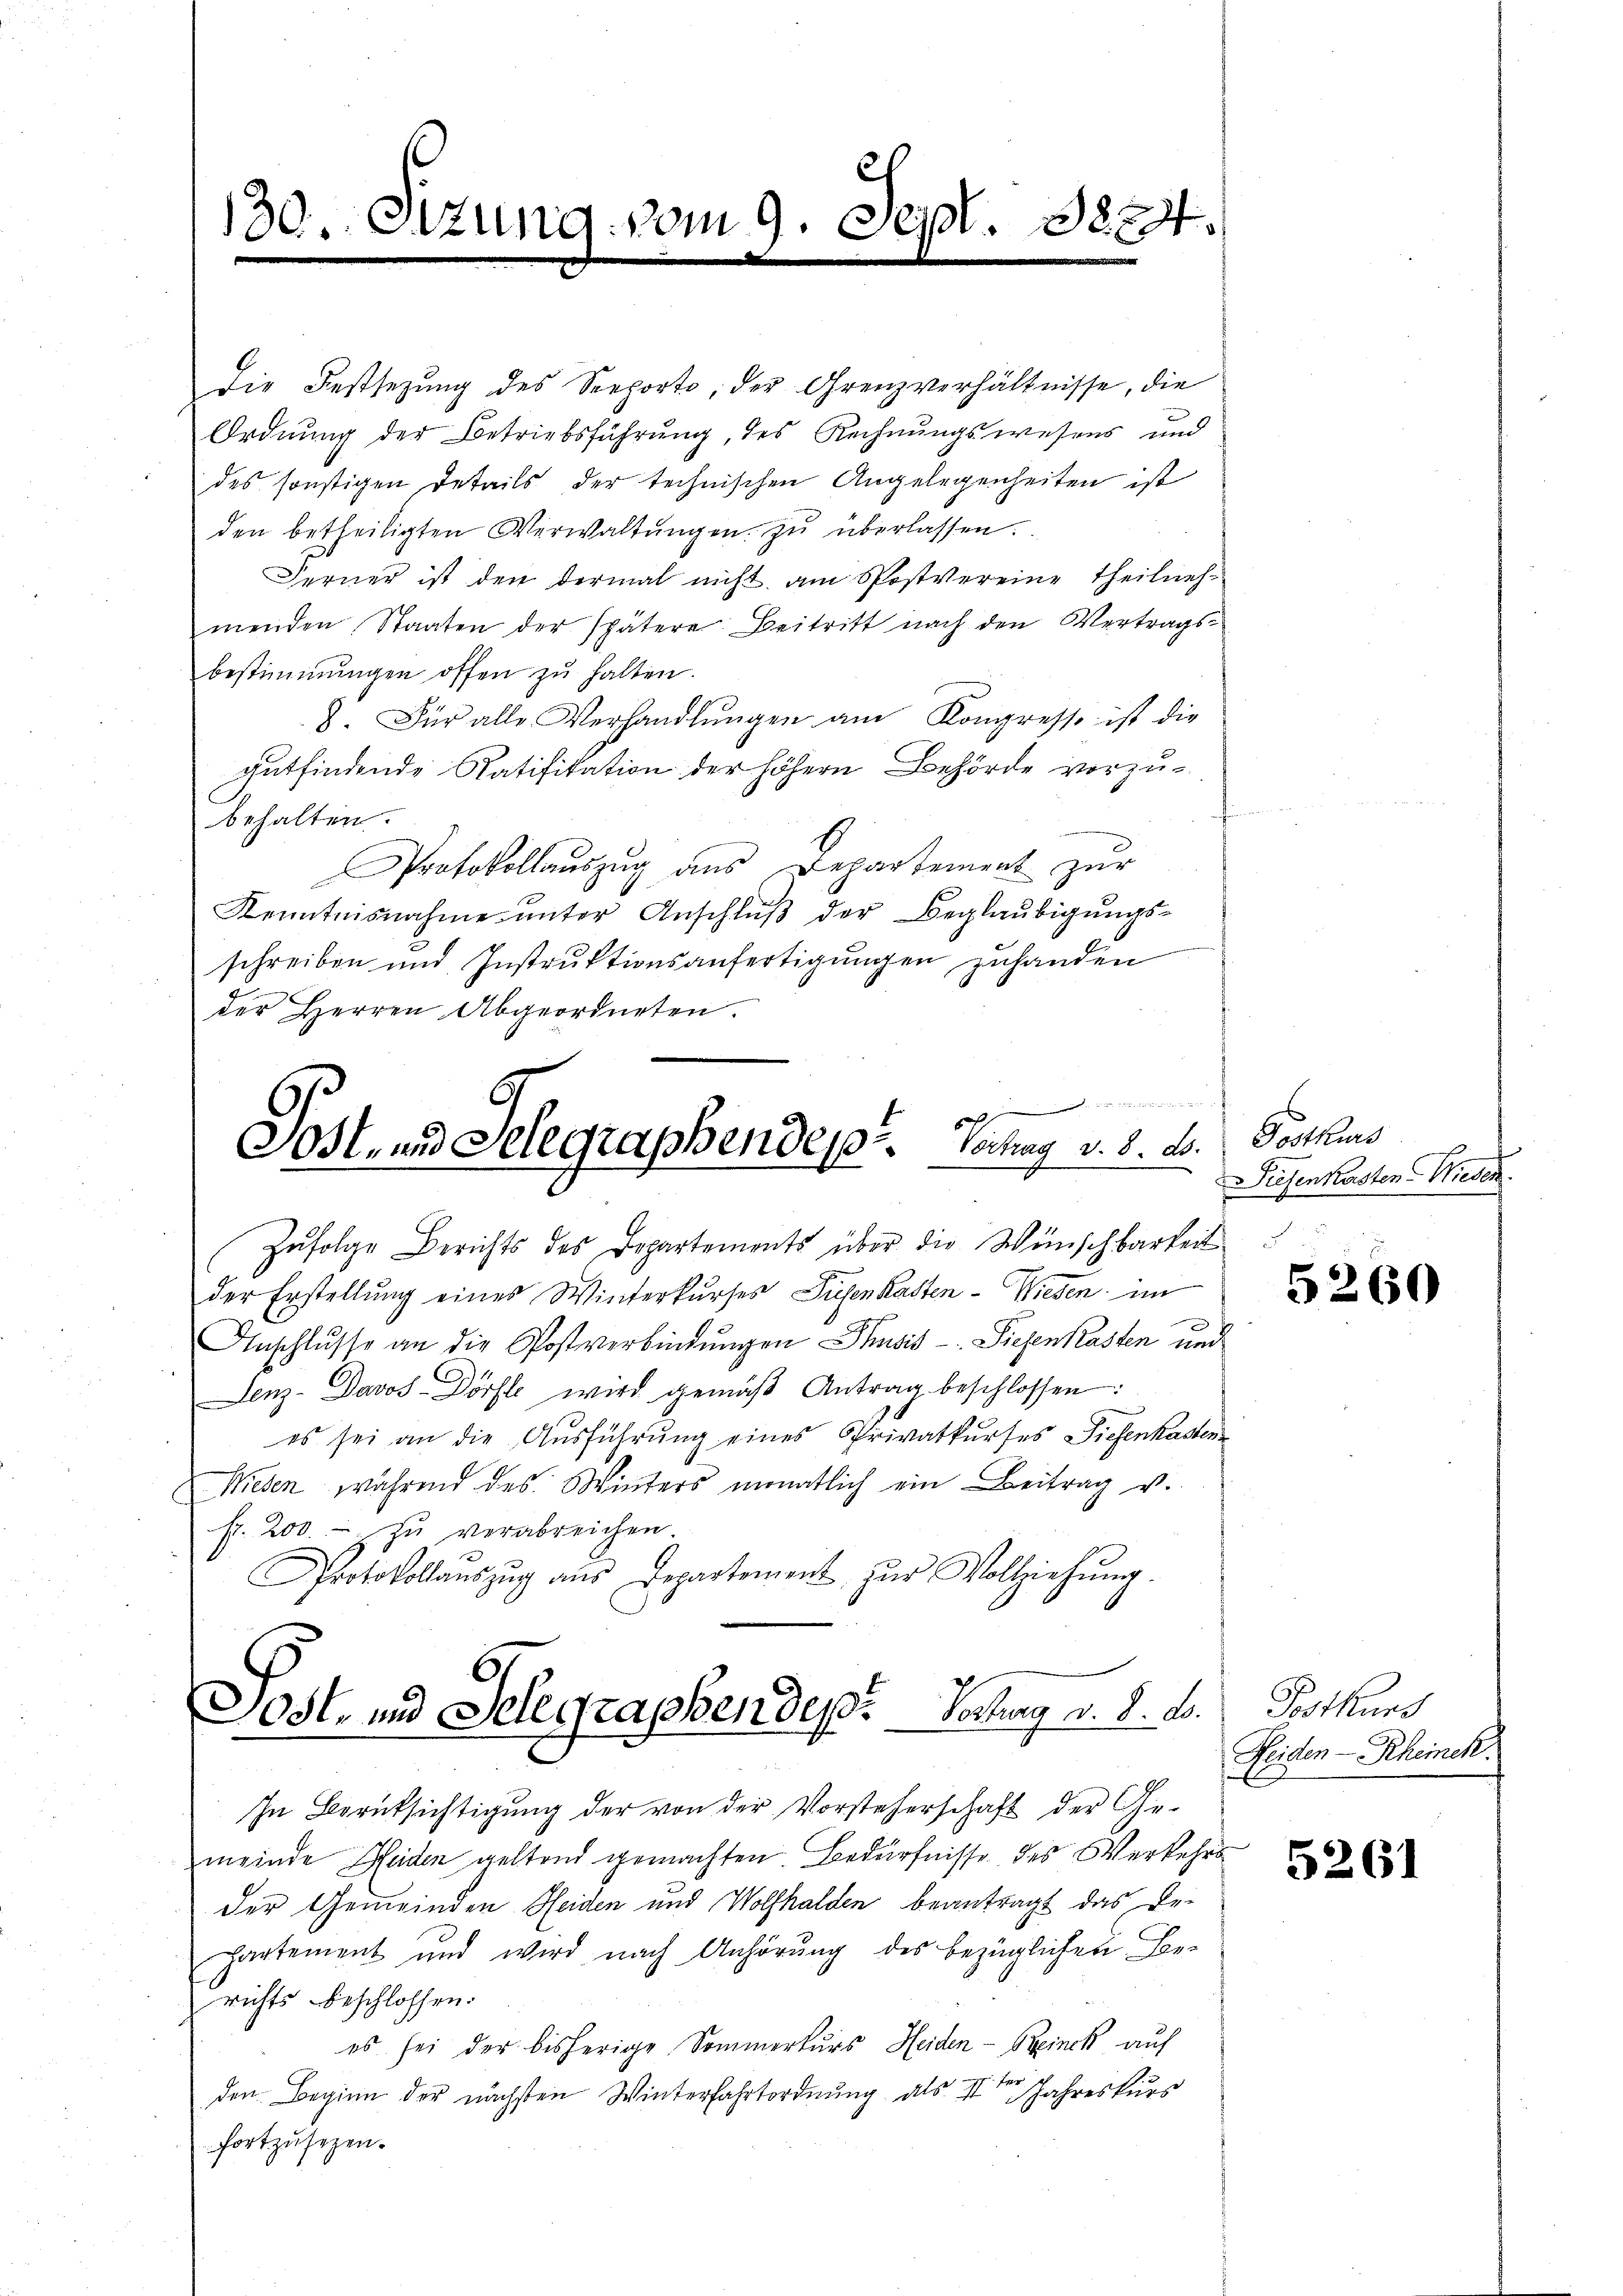
30. Ottung vom 9. Sept. 1824.

Die Festsezung des Seeporte, der Grenzverhältnisse, die
Ordnung der Betriebsführung, des Rechnungswesens und
des sonstigen Details der technischen Angelegenheiten ist
den betheiligten Verwaltŭngen zŭ überlassen.
Ferner ist den dermal nicht am Postvereine Theilnehmenden Staaten der spätere Beitritt nach den Vertragsbestimmungen offen zŭ halten.
8. Für alle Verhandlŭngen am Kongresse ist die
gutfindende Ratifikation der höhern Behörde vorzubehalten.
Protokollauszug aus Departement zur
Kenntnisnahme unter Anschlŭβ der Beglaubigungsschreiben und Instrŭktionsanfertigŭngen zŭhanden
der Herren Abgeordneten.

Zufolge Berichts des Departements über die Wünschbarkeit
der Erstellung eines Winterkurses Tiefenkasten - Wiesen im
Anschlŭsse an die Postverbindungen Thusis - Siehenkasten und
Senz-Davos Dörfle wird gemäβ Antrag beschlossen:
es sei an die Ausführung eines Privatkurses Diesenkasten
Wieden während des Winters monatlich ein Beitrag v.
fr. 200. - zu verabreichen
Protokollaŭszŭg aŭs Departement zŭr Vollziehŭng.
Post- und Selegraphen des Vortrag v. 8. d.
In Berüksichtigung der von der Vorsteherschaft der Ge-
meinde Heiden geltend gemachten Bedürfnisse des Verkehrsder Gemeinden Heiden und Wolfhalden beantragt das De-
partement und wird nach Anhörung des bezüglichen Berichts beschlossen.
es sei der bisherige Sommerkurs Heiden-Beinck auf
den Beginn der nächsten Winterfahrtordnung als IIter Jahreskurs
fortzusezen.

.
Gost- und Selegraphendest.   Vechag v. 8. d. Postkurs

Siesenkasten Wiesen.

5260

Postkurs
Feiden - Rheinek.

5261